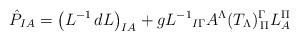
LaTeX: \begin{align*}\hat P_{I A}= {\left (L^{-1}\,dL \right)}_{I A} + g{L^{-1}}_{I\Gamma} A^{\Lambda} (T_{\Lambda})^{\Gamma}_{\, \Pi}L^{\Pi}_{ A}\end{align*}